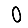
Digit: 0